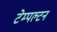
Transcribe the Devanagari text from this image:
टेम्पल्टन